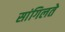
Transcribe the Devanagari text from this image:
सांगिलते